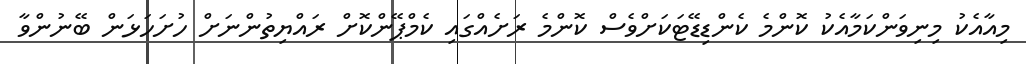
މިއާއެކު މިނިވަންކަމާއެކު ކޮންމެ ކެންޑިޑޭޓަކަށްވެސް ކޮންމެ ރަށެއްގައި ކެމްޕޭންކޮށް ރައްޔިތުންނަށް ހުށަހަޅަން ބޭނުންވާ